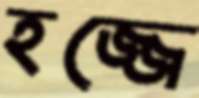
হজ্জে